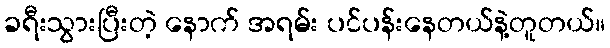
ခရီးသွားပြီးတဲ့ နောက် အရမ်း ပင်ပန်းနေတယ်နဲ့တူတယ်။